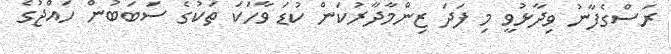
ރަސްގެފާނު ވިދާޅުވީ މި ފަދަ ޒިންމާދާރުކަން ކުޑަ ވާހަކަ ތަކުގެ ސަބަބުން ހައްޖުގެ